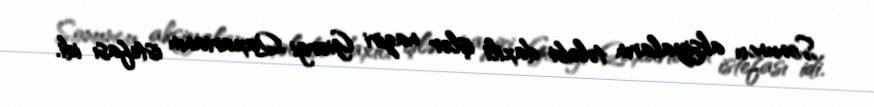
Sonuncu aksiyaların tələbi daxili işlər naziri Giorgi Qaxarianın istefası idi.